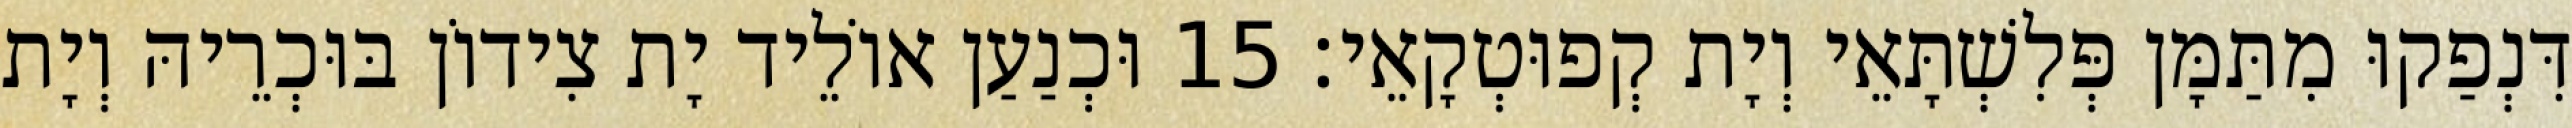
דִּנְפַקוּ מִתַּמָּן פְּלִשְׁתָּאֵי וְיָת קְפוּטְקָאֵי׃ 15 וּכְנַעַן אוֹלֵיד יָת צִידוֹן בּוּכְרֵיהּ וְיָת